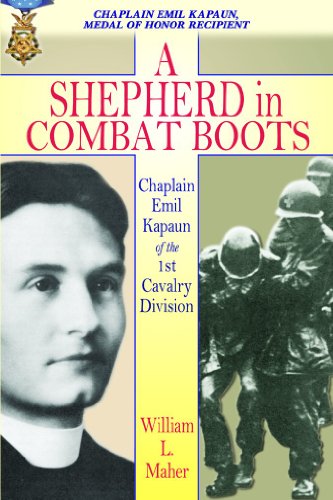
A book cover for A Shepherd in Combat Boots: Chaplain Emil Kapaun of the 1st Cavalry Division; William L. Maher; History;